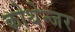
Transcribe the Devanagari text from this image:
कोथेन्जर